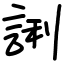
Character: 誗